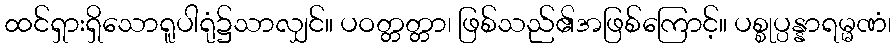
ထင်ရှားရှိသောရူပါရုံ၌သာလျှင်။ ပဝတ္တတ္တာ၊ ဖြစ်သည်၏အဖြစ်ကြောင့်။ ပစ္စုပ္ပန္နာရမ္မဏံ၊